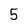
Character: 5